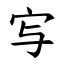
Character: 㝍